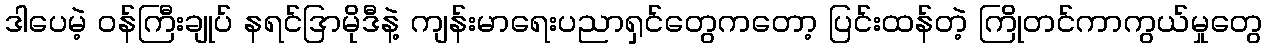
ဒါပေမဲ့ ဝန်ကြီးချုပ် နရင်ဒြာမိုဒီနဲ့ ကျန်းမာရေးပညာရှင်တွေကတော့ ပြင်းထန်တဲ့ ကြိုတင်ကာကွယ်မှုတွေ